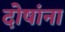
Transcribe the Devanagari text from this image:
दोषांना